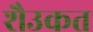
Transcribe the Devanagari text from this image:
शैउकत